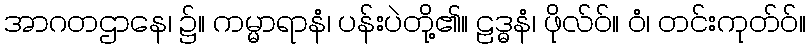
အာဂတဌာနေ၊ ၌။ ကမ္မာရာနံ၊ ပန်းပဲတို့၏။ ဠဒ္ဓနံ၊ ဖိုလ်ဝ်။ ဝံ၊ တင်းကုတ်ဝ်။